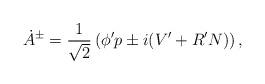
LaTeX: \begin{align*}\dot{A}{}^\pm=\frac{1}{\sqrt{2}}\left(\phi'p \pm i (V'+R'N)\right),\end{align*}